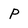
Character: P